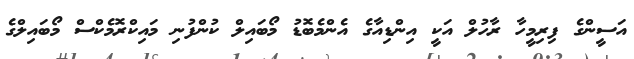
އަސީންގެ ފިރިމީހާ ރާހުލް އަކީ އިންޑިއާގެ އެންމެބޮޑު މޯބައިލް ކުންފުނި މައިކްރޮމެކްސް މޯބައިލްގެ